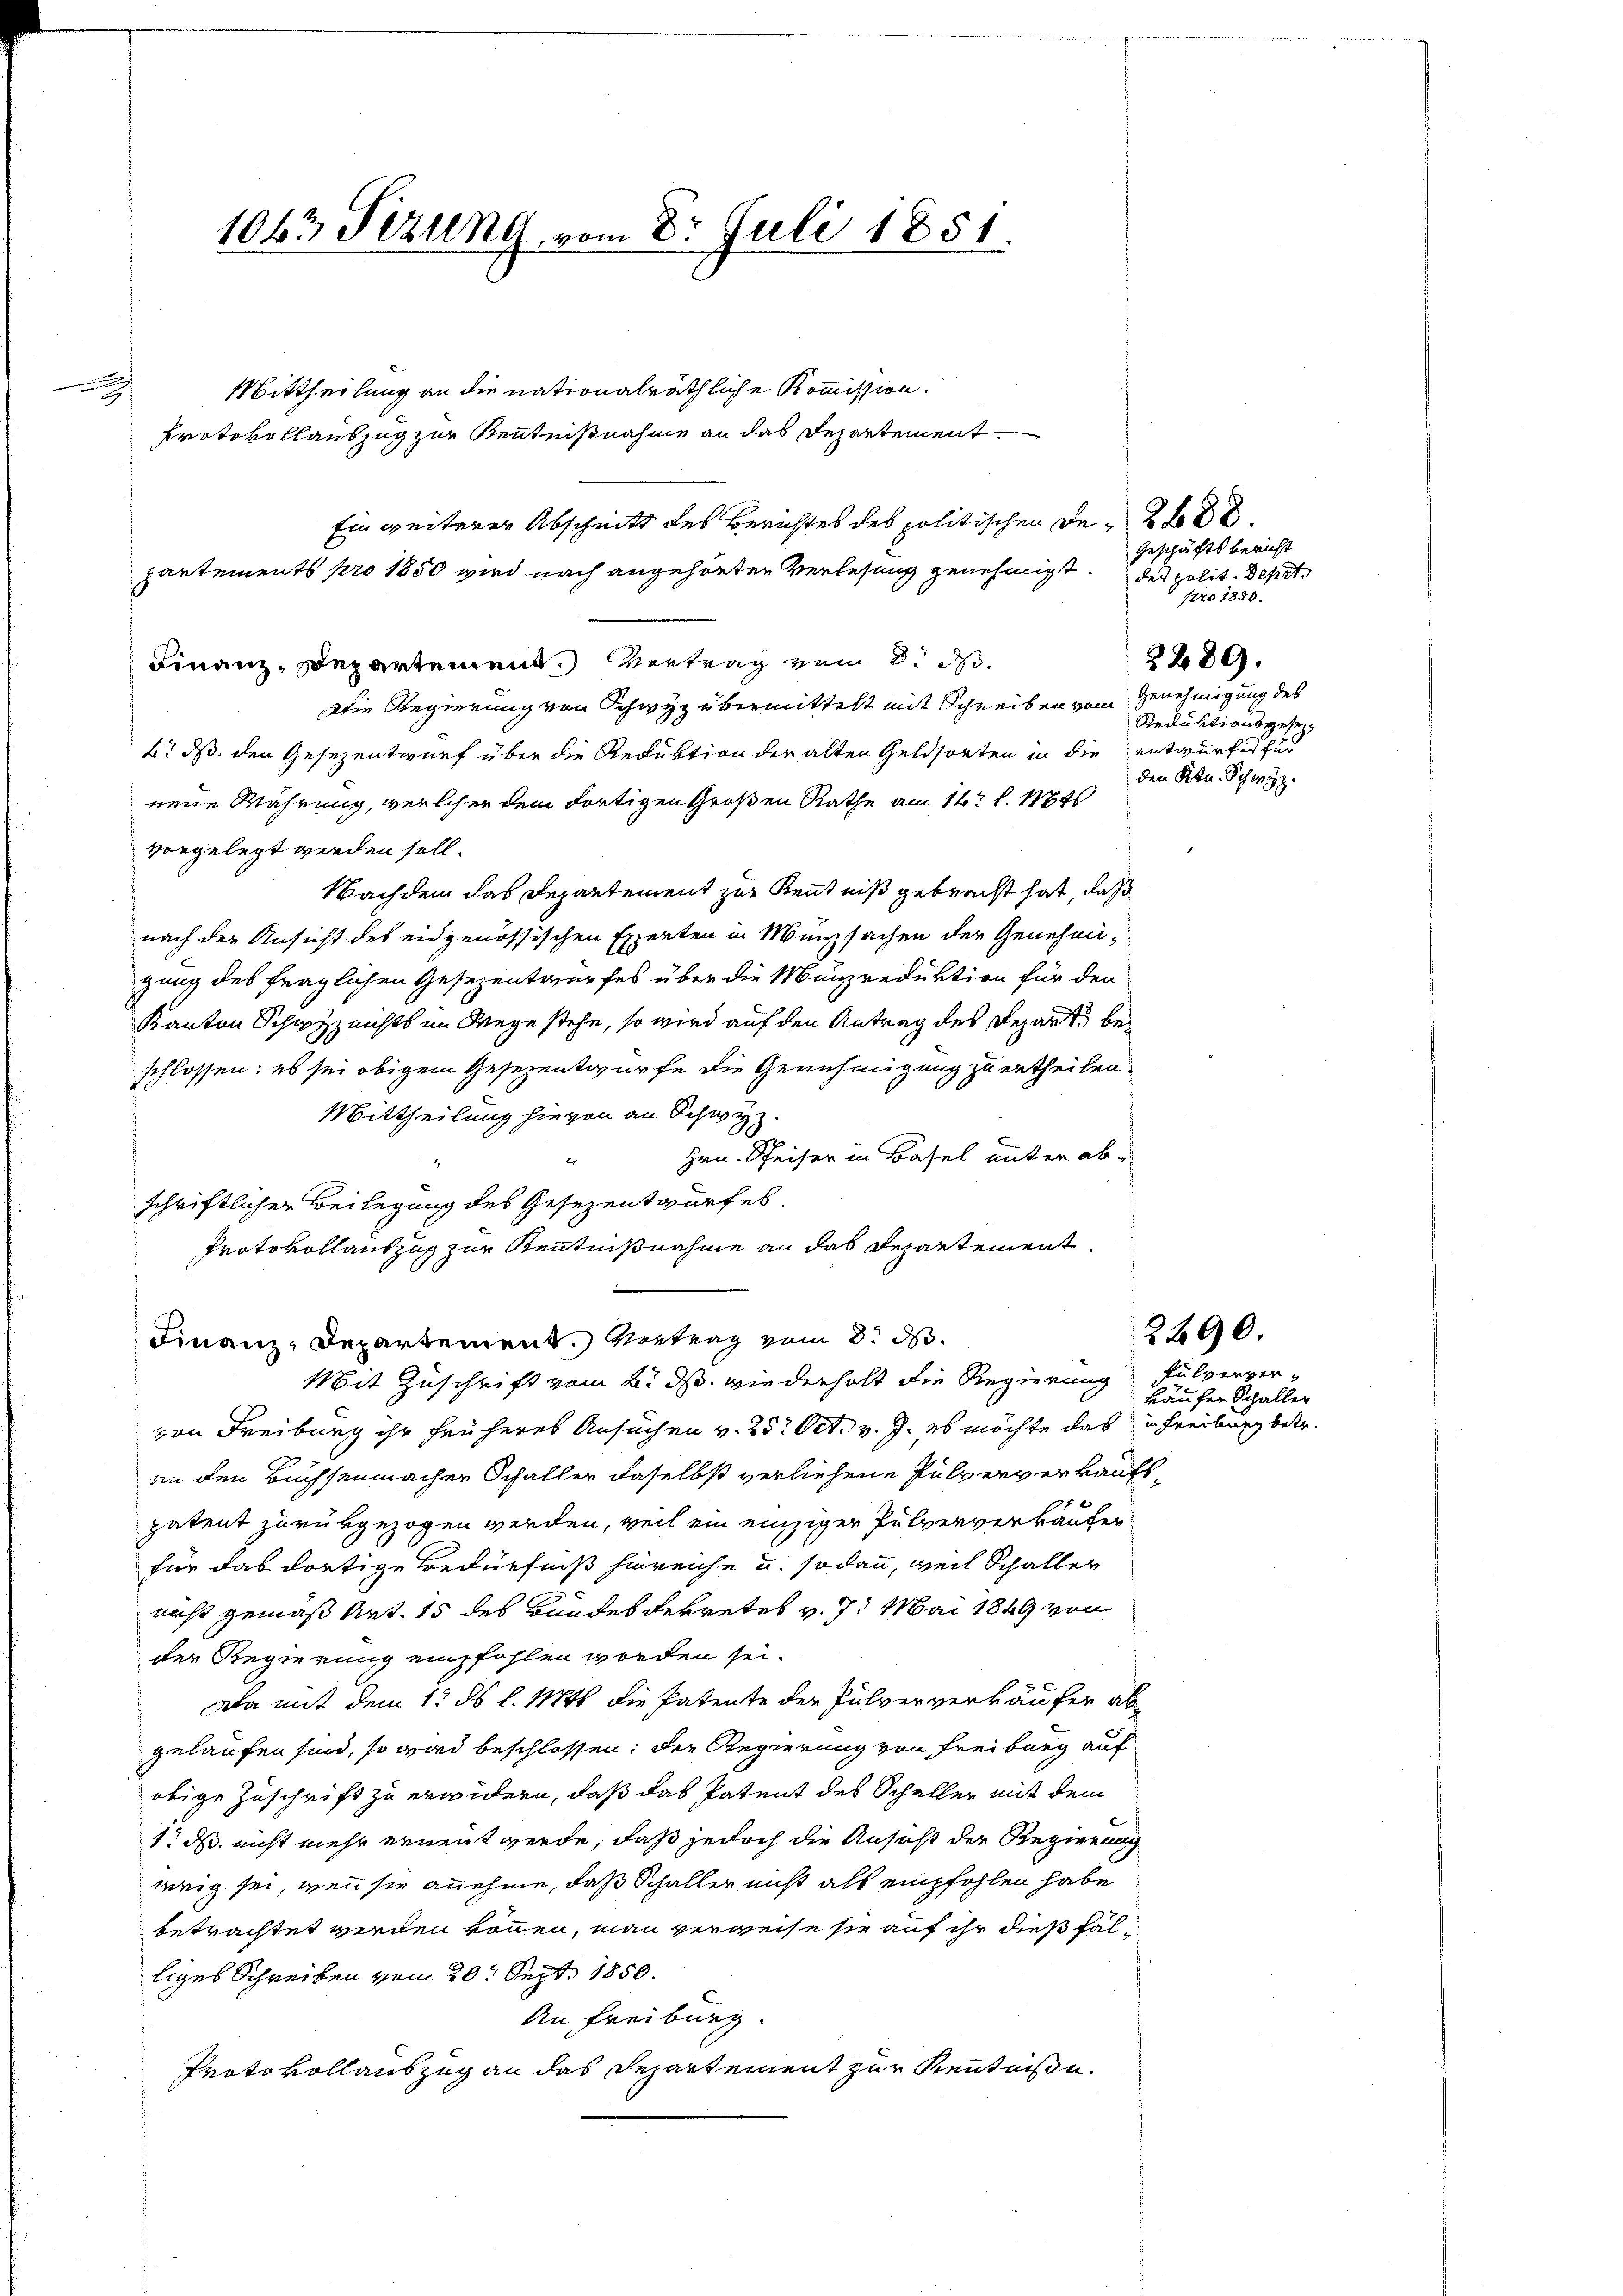
.

1063 Sizung vom 8. Juli 1851.

Mittheilung an die nationalräthliche Kommission.
u
Protokollauszug zur Kenntnißnahme an das Departement.
Ein weiterer Abschnitt des Berichtes des politischen De- 288
partements pro 1850 wird nach angehörten Verlesung genehmigt Geschäftsbericht
Finanz, Departement. Vertrag vom 8. ds.
Die Regierung von Schwyz übermittelt mit Schreiben vom Genehmigung des
6t d. den Gesezentwurf über die Reduktion der alten Geldsorten in die entwurfes für
neue Wahrung, welcher dem dortigen Großen Rathe am 14t l. Mts
vorgelegt werden soll.
Nachdem das Departement zur Kenntniß gebracht hat, daß
nach der Ansicht des eidgenössischen Experten in Münzsachen der Genehmigung des fraglichen Gesezentwurfes über die Münzreduktion für den
Kanton Schwyz nichts im Wege stehe, so wird auf den Antrag des Repart beschlossen: es sei obigem Gesezentwurfe die Genehmigung zu ertheilen.
Mittheilung hievon an Schwyz
Hrn. Speiser in Basel unter abschriftlicher Beilegung des Gesezentwurfes.
Protokollauszug zur Kenntnißnahme an das Departement.
Finanz-Departement. Vertrag vom 8. d.
Mit Zuschrift vom 2. ds. wiederhalt die Regierung Pulververvon Freiburg ihr früheres Ansuchen v. 25. Oct. v. J. es möchte das Schreiburg betr.
an den Buchsenmacher Schaller daselbst verliehene Pulververkaufspatent zurükgezogen werden, weil ein einziger Pulververkaufen
für das dortige Bedürfniß hinreiche u. sodann, weil Schaller
nicht gemäß Art. 15 des Bundesdekretes v. 7. Mai 1849 von
der Regierung empfohlen worden sei.
Da mit dem 1. ds l. Mts. die Patente der Pulververkäufer abgelaufen sind, so wird beschlossen: der Regierung von Freiburg auf
obige Zuschrift zu erwidern, daß das Patent des Scheller mit dem
1. d. nicht mehr ernennt werde, daß jedoch die Ansicht der Regierung
weig sei, wenn sie annehme, daß Schaller nicht als empfohlen habe
betrachtet werden können, man verweise sie auf ihr dießfalliges Schreiben vom 20t Sept. 1850.
An Freiburg.
Protokollauszug an das Departement zur Kenntniße.

des polit. Depet
pro 1850.
2289.
Rteiluktionsgesezden Ktn. Schwyz.

2290.

käufer Schaller